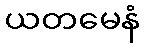
ယတမေနံ